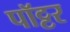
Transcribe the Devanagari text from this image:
पॉट्टर